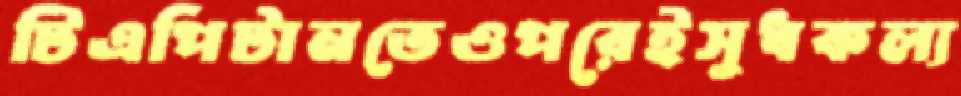
টিএপিটানতেওপরেইসুধকল্য